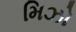
મિઝો